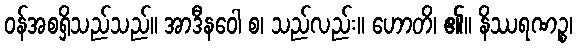
ဝန်အစရှိသည်သည်။ အာဒီနဝေါ စ၊ သည်လည်း။ ဟောတိ၊ ၏။ နိဿရဏဉ္စ၊